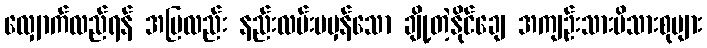
လျှောက်လည်ရန် အမြလည်း နည်းလမ်းမမှန်သော ချို့တဲ့နိုင်ချေ အကျဉ်းသားမိသားစုများ